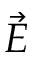
\vec { E }